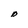
Character: D